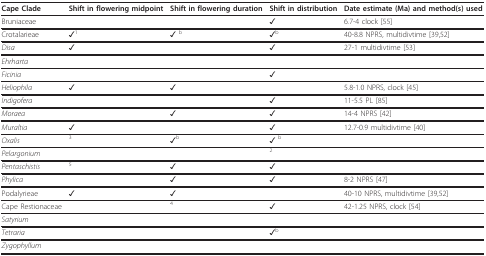
<table><thead><tr><td><b>Cape Clade</b></td><td><b>Shift in flowering midpoint</b></td><td><b>Shift in flowering duration</b></td><td><b>Shift in distribution</b></td><td><b>Date estimate (Ma) and method(s) used</b></td></tr></thead><tbody><tr><td>Bruniaceae</td><td></td><td></td><td>✓</td><td>6.7-4 clock [55]</td></tr><tr><td>Crotalarieae</td><td>✓<sup>1</sup></td><td>✓ <sup>b</sup></td><td>✓<sup>b</sup></td><td>40-8.8 NPRS, multidivtime [39,52]</td></tr><tr><td><i>Disa</i></td><td>✓</td><td></td><td>✓</td><td>27-1 multidivtime [53]</td></tr><tr><td><i>Ehrharta</i></td><td></td><td></td><td></td><td></td></tr><tr><td><i>Ficinia</i></td><td></td><td></td><td>✓</td><td></td></tr><tr><td><i>Heliophila</i></td><td>✓</td><td>✓</td><td></td><td>5.8-1.0 NPRS, clock [45]</td></tr><tr><td><i>Indigofera</i></td><td></td><td></td><td>✓</td><td>11-5.5 PL [85]</td></tr><tr><td><i>Moraea</i></td><td></td><td>✓</td><td>✓</td><td>14-4 NPRS [42]</td></tr><tr><td><i>Muraltia</i></td><td>✓</td><td></td><td>✓</td><td>12.7-0.9 multidivtime [40]</td></tr><tr><td><i>Oxalis</i></td><td><sup>3</sup></td><td>✓<sup>b</sup></td><td>✓ <sup>b</sup></td><td></td></tr><tr><td><i>Pelargonium</i></td><td></td><td></td><td><sup>2</sup></td><td></td></tr><tr><td><i>Pentaschistis</i></td><td><sup>5</sup></td><td>✓</td><td>✓</td><td></td></tr><tr><td><i>Phylica</i></td><td></td><td>✓</td><td>✓</td><td>8-2 NPRS [47]</td></tr><tr><td>Podalyrieae</td><td>✓</td><td>✓</td><td></td><td>40-10 NPRS, multidivtime [39,52]</td></tr><tr><td>Cape Restionaceae</td><td></td><td><sup>4</sup></td><td>✓</td><td>42-1.25 NPRS, clock [54]</td></tr><tr><td><i>Satyrium</i></td><td></td><td></td><td></td><td></td></tr><tr><td><i>Tetraria</i></td><td></td><td></td><td>✓<sup>b</sup></td><td></td></tr><tr><td><i>Zygophyllum</i></td><td></td><td></td><td></td><td></td></tr></tbody></table>